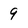
Character: 9